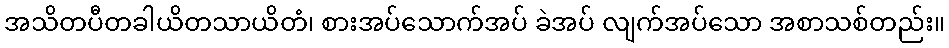
အသိတပီတခါယိတသာယိတံ၊ စားအပ်သောက်အပ် ခဲအပ် လျက်အပ်သော အစာသစ်တည်း။